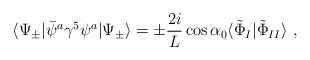
\begin{align*}\langle \Psi_{\pm} | \bar{\psi}^{a} \gamma^{5} \psi^{a} | \Psi_{\pm} \rangle= \pm \frac{2i}{L} \cos \alpha_0\langle \tilde{\Phi}_{I}| \tilde{\Phi}_{II} \rangle \ ,\end{align*}